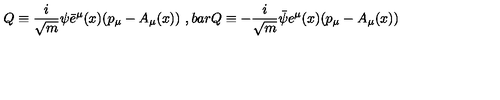
Q \equiv \frac { i } { \sqrt { m } } \psi \bar { e } ^ { \mu } ( x ) ( p _ { \mu } - A _ { \mu } ( x ) ) \ , b a r { Q } \equiv - \frac { i } { \sqrt { m } } \bar { \psi } e ^ { \mu } ( x ) ( p _ { \mu } - A _ { \mu } ( x ) )